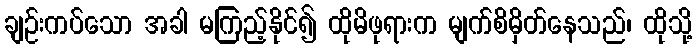
ချဉ်းကပ်သော အခါ မကြည့်နိုင်၍ ထိုမိဖုရားက မျက်စိမှိတ်နေသည်၊ ထိုသို့